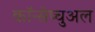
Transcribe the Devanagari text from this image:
कॉन्सेप्चुअल